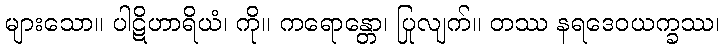
များသော။ ပါဋိဟာရိယံ၊ ကို။ ကရောန္တော၊ ပြုလျက်။ တဿ နရဒေဝယက္ခဿ၊